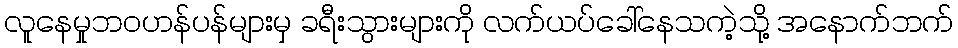
လူနေမှုဘဝဟန်ပန်များမှ ခရီးသွားများကို လက်ယပ်ခေါ်နေသကဲ့သို့ အနောက်ဘက်